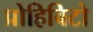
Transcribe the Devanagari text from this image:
प्रोहिबिटो